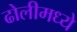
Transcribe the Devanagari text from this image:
ढोलीमध्ये